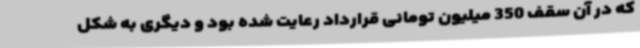
که در آن سقف 350 میلیون تومانی قرارداد رعایت شده بود و دیگری به شکل